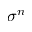
\sigma ^ { n }